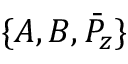
\{ A , B , \bar { P } _ { z } \}